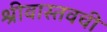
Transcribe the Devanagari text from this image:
श्रीवास्तवची